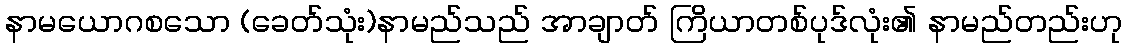
နာမယောဂစသော (ခေတ်သုံး)နာမည်သည် အာချာတ် ကြိယာတစ်ပုဒ်လုံး၏ နာမည်တည်းဟု